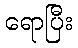
ရောပြီး